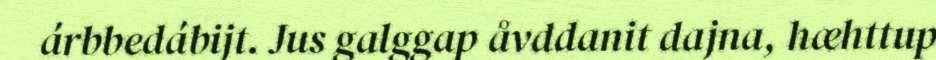
árbbedábijt. Jus galggap åvddanit dajna, hæhttup